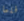
فلما